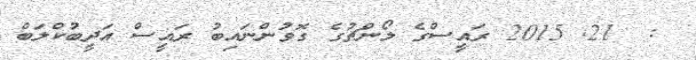
:  21